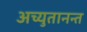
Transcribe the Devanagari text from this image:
अच्युतानन्त